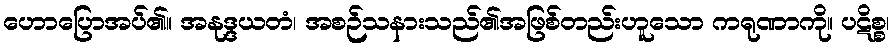
ဟောပြောအပ်၏။ အနုဒ္ဒယတံ၊ အစဉ်သနားသည်၏အဖြစ်တည်းဟူသော ကရုဏာကို။ ပဋိစ္စ၊